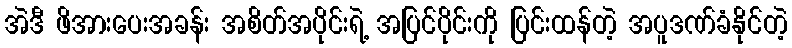
အဲဒီ ဖိအားပေးအခန်း အစိတ်အပိုင်းရဲ့ အပြင်ပိုင်းကို ပြင်းထန်တဲ့ အပူဒဏ်ခံနိုင်တဲ့